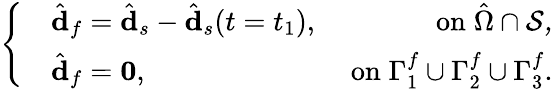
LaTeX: \left\{ \begin{array}{l}{\begin{array}{rlr}&{\hat{\mathbf{d}}_{f}=\hat{\mathbf{d}}_{s}-\hat{\mathbf{d}}_{s}(t=t_{1}),}&{\; \mathrm{on}\; \hat{\Omega}\cap\cal S,}\\ &{\hat{\mathbf{d}}_{f}=\mathbf{0},}&{\; \mathrm{on}\; \Gamma_{1}^{f}\cup\Gamma_{2}^{f}\cup\Gamma_{3}^{f}.}\end{array}}\end{array}\right.